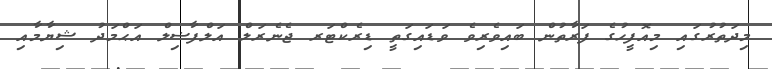
މިދަތުރުގައި މިއޮފީހުގެ ފަރާތުން ބައިވެރިވެ ވަޑައިގަތީ ޑިރެކްޓަރ ޖެނެރަލް އަލްފާޟިލް އަޙްމަދު ޝިޔާމާއި